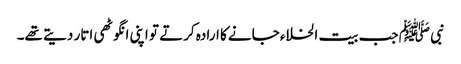
نبی ﷺ جب بیت الخلاء جانے کا ارادہ کرتے تو اپنی انگوٹھی اتار دیتے تھے۔